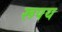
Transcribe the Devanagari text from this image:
रूपय